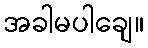
အခါမပါချေ။